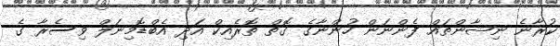
ކުރާނެ ނިޝާންތައް ފެންނަން ހުންނާގެ ގޮތް ތޮރެއިކް އަދި އެބްޑޮމިނަލް ވިސެރާ ގެ